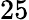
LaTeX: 25